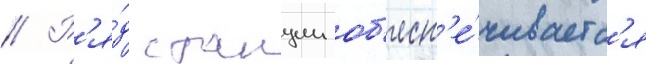
// Р'я́д станции об'есп'е́чиваетс'я